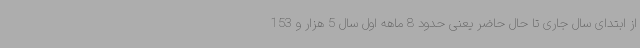
از ابتدای سال جاری تا حال حاضر یعنی حدود 8 ماهه اول سال 5 هزار و 153